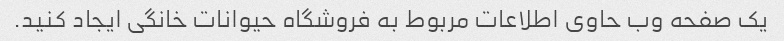
یک صفحه وب حاوی اطلاعات مربوط به فروشگاه حیوانات خانگی ایجاد کنید.